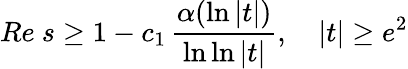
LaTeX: Re\ s\geq 1-c_{1}\, {\frac{\alpha(\ln|t|)}{\ln\ln|t|}},\quad|t|\geq e^{2}